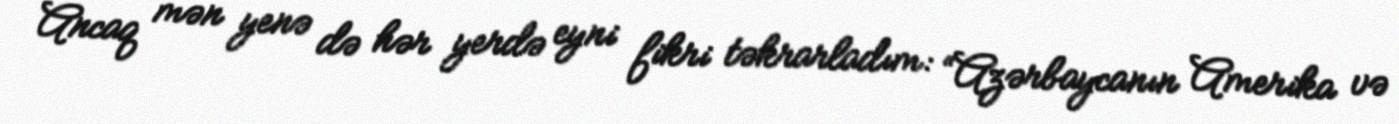
Ancaq mən yenə də hər yerdə eyni fikri təkrarladım: “Azərbaycanın Amerika və